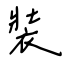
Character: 裝